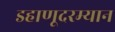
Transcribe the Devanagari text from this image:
डहाणूदरम्यान